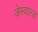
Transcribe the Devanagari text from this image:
जेस्वाल्ड